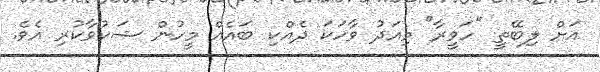
އަށް ލިބޭތީ "ހަވީރާ" މިއަދު ވާހަކަ ދެއްކި ބައެއް މީހުން ޝަކުވާކުރި އެވެ.